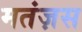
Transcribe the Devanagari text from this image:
मतंज़स